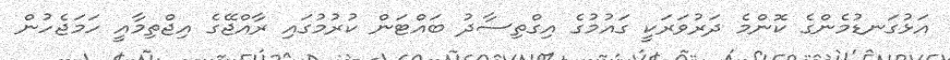
އަޅުގަނޑުމެންގެ ކޮންމެ ދަރުވަރަކީ ގައުމުގެ އިގްތިސާދު ބައްޓަން ކުރުމުގައި ރާއްޖޭގެ އިޖްތިމާއީ ހަމަޖެހުން